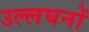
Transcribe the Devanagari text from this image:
उल्लघनों